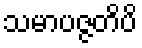
သမာပဇ္ဇတိပိ